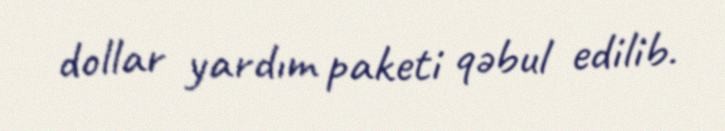
dollar yardım paketi qəbul edilib.